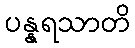
ပန္နရသာတိ